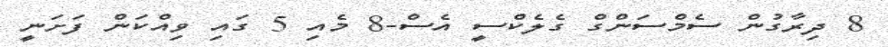
8 ދިރާގުން ސެމްސަންގް ގެލެކްސީ އެސް-8 މެއި 5 ގައި ވިއްކަން ފަށަނީ